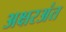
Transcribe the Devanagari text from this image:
अक्षरअंत